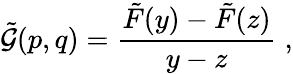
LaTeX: \tilde{\cal G}(p,q)=\frac{\tilde{F}(y)-\tilde{F}(z)}{y-z}\; ,